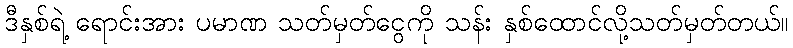
ဒီနှစ်ရဲ့ ရောင်းအား ပမာဏ သတ်မှတ်ငွေကို သန်း နှစ်ထောင်လို့သတ်မှတ်တယ်။